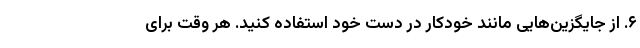
۶. از جایگزین‌هایی مانند خودکار در دست خود استفاده کنید. هر وقت برای